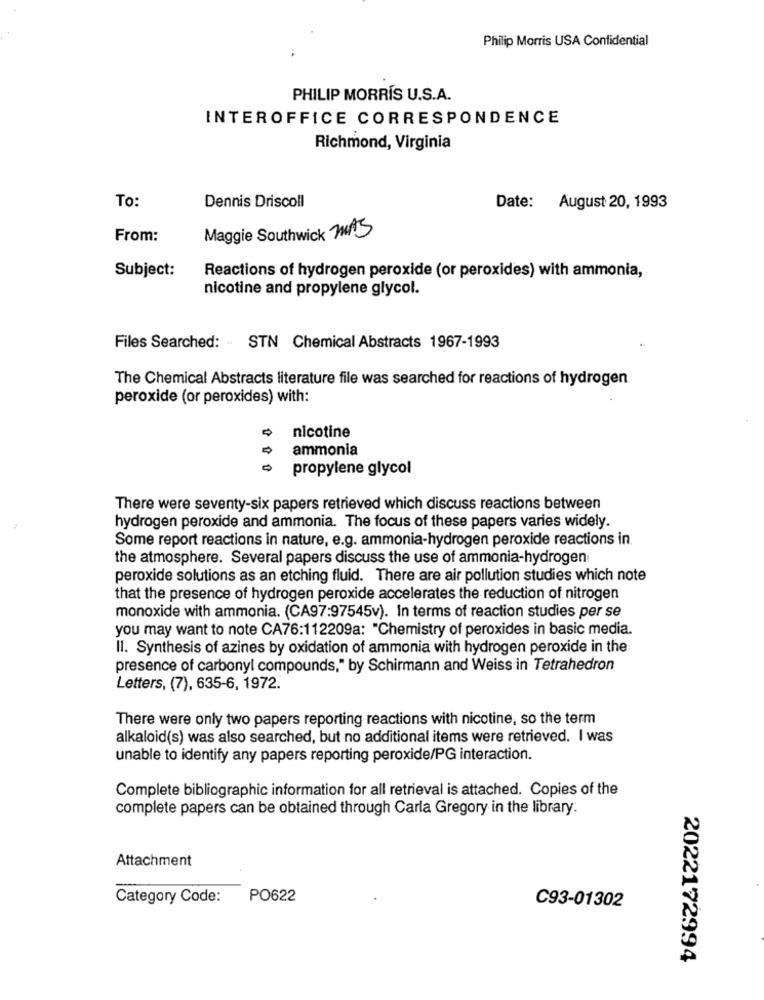
Philip Morris USA Confidential
PHILIP MORRIS U.S.A.
INTEROFFICE CORRESPONDENCE
Richmond, Virginia
Dennis Driscoll
To:
Date: August 20, 1993
From:
Maggie Southwick MAS
Subject:
Reactions of hydrogen peroxide (or peroxides) with ammonia,
nicotine and propylene glycol.
Files Searched: STN Chemical Abstracts 1967-1993
The Chemical Abstracts literature file was searched for reactions of hydrogen
peroxide (or peroxides) with:
nicotine
0
ammonia
0
propylene glycol
There were seventy-six papers retrieved which discuss reactions between
hydrogen peroxide and ammonia. The focus of these papers varies widely.
Some report reactions in nature, e.g. ammonia-hydrogen peroxide reactions in
the atmosphere. Several papers discuss the use of ammonia-hydrogen
peroxide solutions as an etching fluid. There are air pollution studies which note
that the presence of hydrogen peroxide accelerates the reduction of nitrogen
monoxide with ammonia. (CA97:97545v). In terms of reaction studies per se
you may want to note CA76:112209a: "Chemistry of peroxides in basic media.
Il. Synthesis of azines by oxidation of ammonia with hydrogen peroxide in the
presence of carbonyl compounds," by Schirmann and Weiss in Tetrahedron
Letters, (7), 635-6, 1972.
There were only two papers reporting reactions with nicotine, so the term
alkaloid(s) was also searched, but no additional items were retrieved. I was
unable to identify any papers reporting peroxide/PG interaction.
Complete bibliographic information for all retrieval is attached. Copies of the
complete papers can be obtained through Carla Gregory in the library.
Attachment
Category Code:
PO622
C93-01302
2022172994